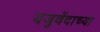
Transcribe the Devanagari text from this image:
यजुवेंदाच्या